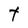
Character: T